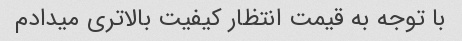
با توجه به قیمت انتظار کیفیت بالاتری میدادم